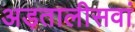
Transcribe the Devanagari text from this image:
अड़तालीसवां